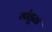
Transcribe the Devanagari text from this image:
गांडुळ